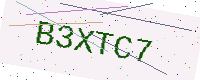
Text: B3XTC7